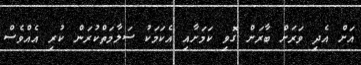
އަށް އެދި ވަރަށް ބާރަށް ގޮވި ކަމަށާއި އެކަމަކު ސަލާމަތްކުރަން ކުރި އެއްވެސް